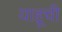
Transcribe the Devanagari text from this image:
याहूची